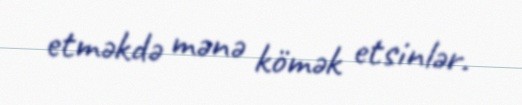
etməkdə mənə kömək etsinlər.